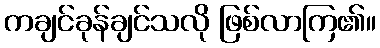
ကချင်ခုန်ချင်သလို ဖြစ်လာကြ၏။